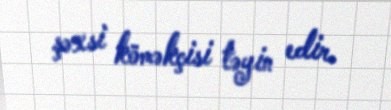
şəxsi köməkçisi təyin edir.